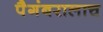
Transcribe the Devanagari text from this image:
पैगंबरालाच